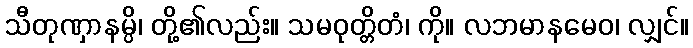
သီတုဏှာနမ္ပိ၊ တို့၏လည်း။ သမဝုတ္တိတံ၊ ကို။ လဘမာနမေဝ၊ လျှင်။